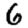
Digit: 6